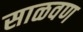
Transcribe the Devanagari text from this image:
साळवण